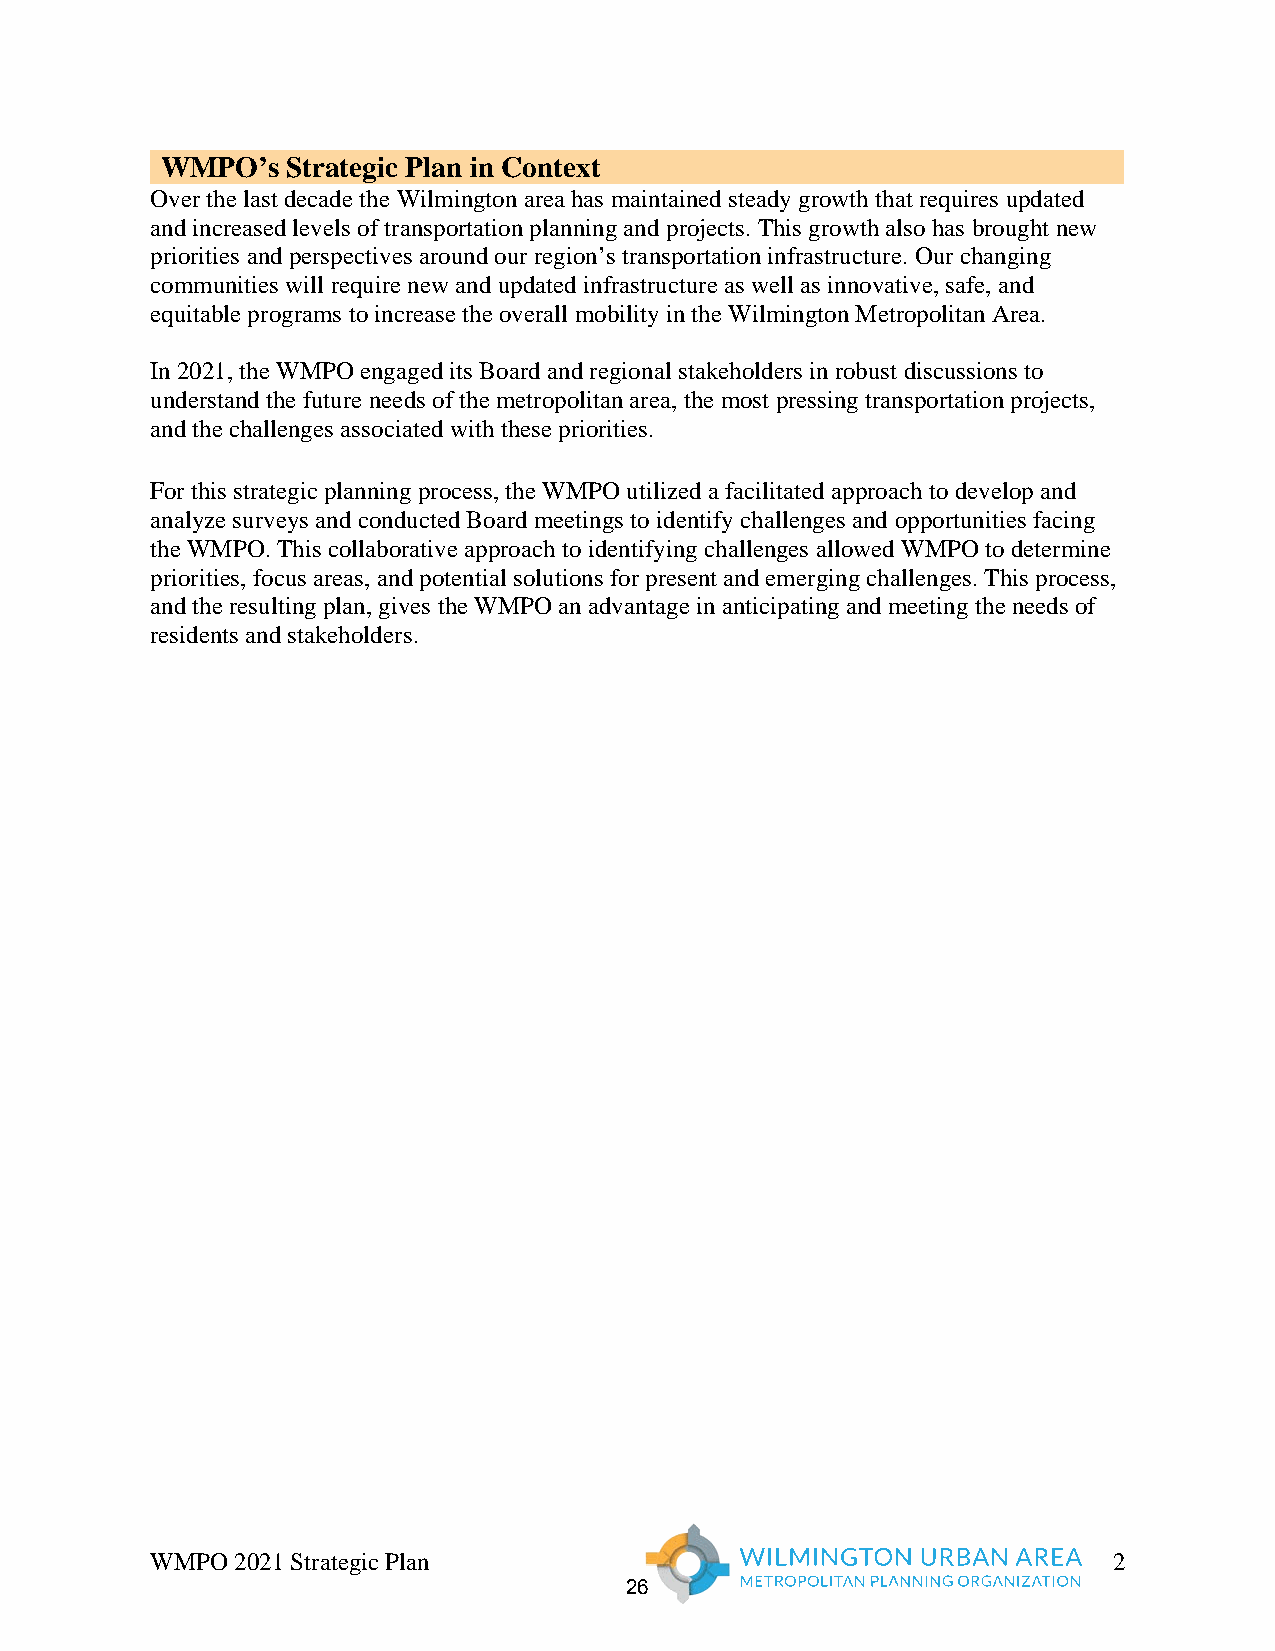
WMPO’s  Strategic Plan in Context
 Over the last decade the Wilmington area has maintained steady growth that requires updated
 and increased levels of transportation planning and projects. This growth also has brought new
 priorities and perspectives around our region’s transportation infrastructure. Our changing
 communities will require new and updated infrastructure as well as innovative, safe, and
 equitable programs to increase the overall mobility in the Wilmington Metropolitan Area.
 In 2021, the WMPO engaged its Board and regional stakeholders in robust discussions to
 understand the future needs of the metropolitan area, the most pressing transportation projects,
 and the challenges associated with these priorities.
 For this strategic planning process, the WMPO utilized a facilitated approach to develop and
 analyze surveys and conducted Board meetings to identify challenges and opportunities facing
 the WMPO. This collaborative approach to identifying challenges allowed WMPO to determine
 priorities, focus areas, and potential solutions for present and emerging challenges. This process,
 and the resulting plan, gives the WMPO an advantage in anticipating and meeting the needs of
 residents and stakeholders.
 WMPO 2021 Strategic Plan                                        2
 26